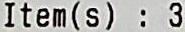
ITEM(S) : 3